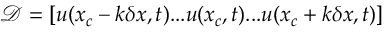
\mathcal { D } = [ u ( x _ { c } - k \delta x , t ) . . . u ( x _ { c } , t ) . . . u ( x _ { c } + k \delta x , t ) ]